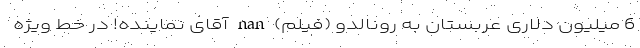
6 میلیون دلاری عربستان به رونالدو (فیلم) nan آقای نماینده! در خط ویژه